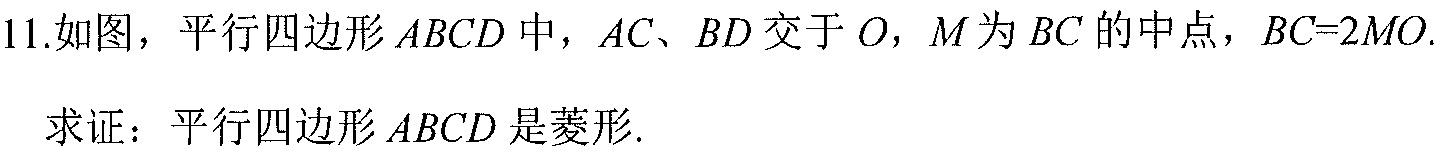
11.如图，平行四边形$ABCD$中，$AC、BD$交于$O$，$M$为$BC$的中点，$BC = 2MO$.
求证：平行四边形$ABCD$是菱形.